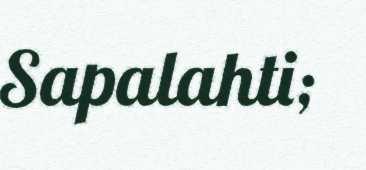
Sapalahti;